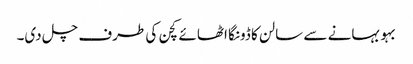
بہو بہانے سے سالن کا ڈونگا اٹھائے کچن کی طرف چل دی۔